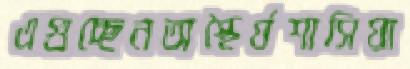
এগুচ্ছেনঅস্থৈর্যশাসিয়া